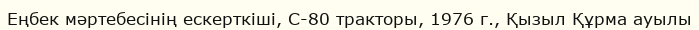
Еңбек мәртебесінің ескерткіші, С-80 тракторы, 1976 г., Қызыл Құрма ауылы